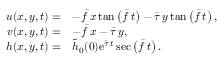
\begin{array} { r l } { u ( x , y , t ) = } & { - \bar { f } \, x \, \mathrm { t a n } \left( \bar { f } \, t \right) - \bar { \tau } \, y \, \mathrm { t a n } \left( \bar { f } \, t \right) , } \\ { v ( x , y , t ) = } & { - \bar { f } \, x - \bar { \tau } \, y , } \\ { h ( x , y , t ) = } & { \tilde { h } _ { 0 } ( 0 ) \mathrm { e } ^ { \bar { \tau } \, t } \sec \left( \bar { f } \, t \right) . } \end{array}